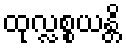
ထုလ္လစ္စယန္တိ